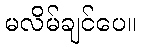
မလိမ်ချင်ပေ။